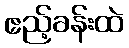
ဧည့်ခန်းထဲ